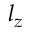
l _ { z }